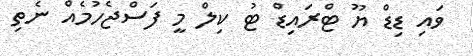
ވައި ޑިޑް ޔޫ ޓްރައިޑް ޓު ކިލް މީ ފަސްޖެހުމެއް ނެތި